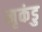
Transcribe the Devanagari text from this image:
मृकंडु